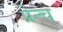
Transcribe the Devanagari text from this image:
प्रेन्च